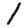
Digit: 1